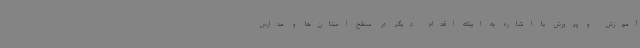
آموزش و پرورش با اشاره به اینکه اقدام دیگر در سطح استان‌ها و مدارس